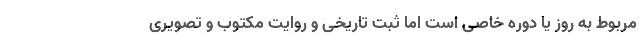
مربوط به روز یا دوره خاصی است اما ثبت تاریخی و روایت مکتوب و تصویری